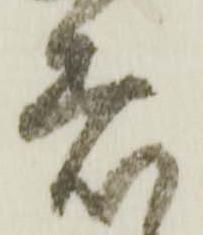
着